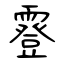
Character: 霯